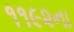
૧૧૯૨ના